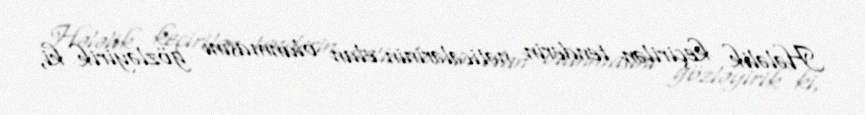
Hələlik keçirilən tenderin nəticələrinin elan olunmasını gözləyirik ki,